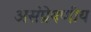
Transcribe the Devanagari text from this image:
असंप्रेषणीय